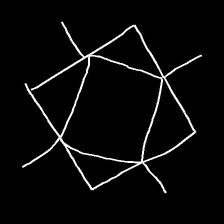
Glyph: light